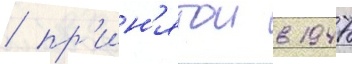
/ пр'ин'ятои в 1947